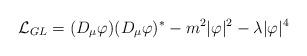
LaTeX: \begin{align*}{\cal L}_{GL} = (D_{\mu} \varphi)(D_{\mu} \varphi)^{\ast}- m^2 |\varphi | ^2-\lambda | \varphi |^4\end{align*}